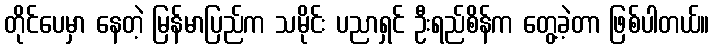
တိုင်ပေမှာ နေတဲ့ မြန်မာပြည်က သမိုင်း ပညာရှင် ဦးရည်စိန်က တွေ့ခဲ့တာ ဖြစ်ပါတယ်။